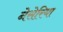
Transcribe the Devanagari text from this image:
नेसेरिया